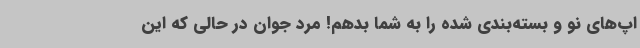
اپ‌های نو و بسته‌بندی شده را به شما بدهم! مرد جوان در حالی که این